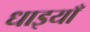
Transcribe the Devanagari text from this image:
धाइयाँ